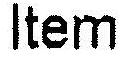
ITEM